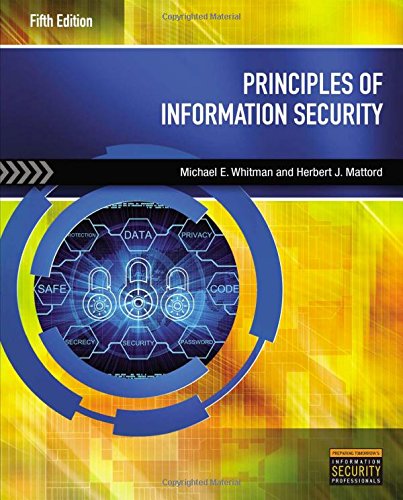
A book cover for Principles of Information Security; Michael E. Whitman; Computers & Technology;